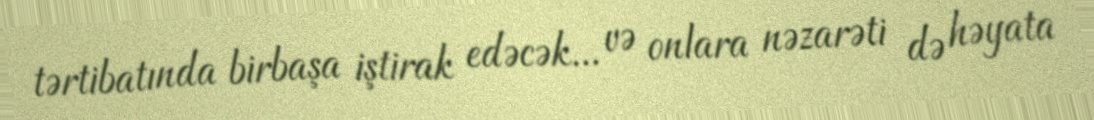
tərtibatında birbaşa iştirak edəcək... və onlara nəzarəti də həyata